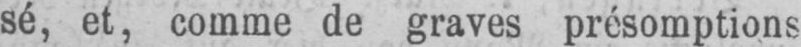
sé, et, comme de graves présomptions